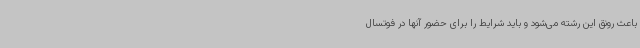
باعث رونق این رشته می‌شود و باید شرایط را برای حضور آنها در فوتسال